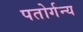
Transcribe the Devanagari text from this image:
पतोर्गन्य